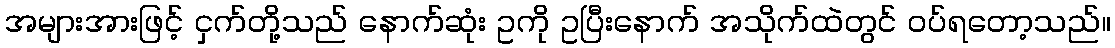
အများအားဖြင့် ငှက်တို့သည် နောက်ဆုံး ဥကို ဥပြီးနောက် အသိုက်ထဲတွင် ဝပ်ရတော့သည်။